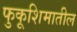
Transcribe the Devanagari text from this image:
फुकूशिमातील